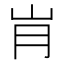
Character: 𰎋